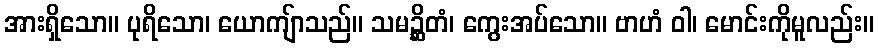
အားရှိသော။ ပုရိသော၊ ယောကျ်ာသည်။ သမဉ္ဆိတံ၊ ကွေးအပ်သော။ ဗာဟံ ဝါ၊ မောင်းကိုမူလည်း။